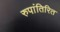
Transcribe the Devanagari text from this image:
रुपांतिरित